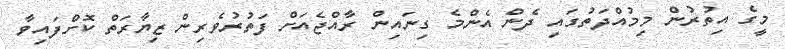
މީގެ އިތުރުން މިމުއްދަތުގައި ދެން އެންމެ ގިނައިން ރާއްޖެއަށް ފަތުރުވެރިން ޒިޔާރަތް ކޮށްފައިވާ